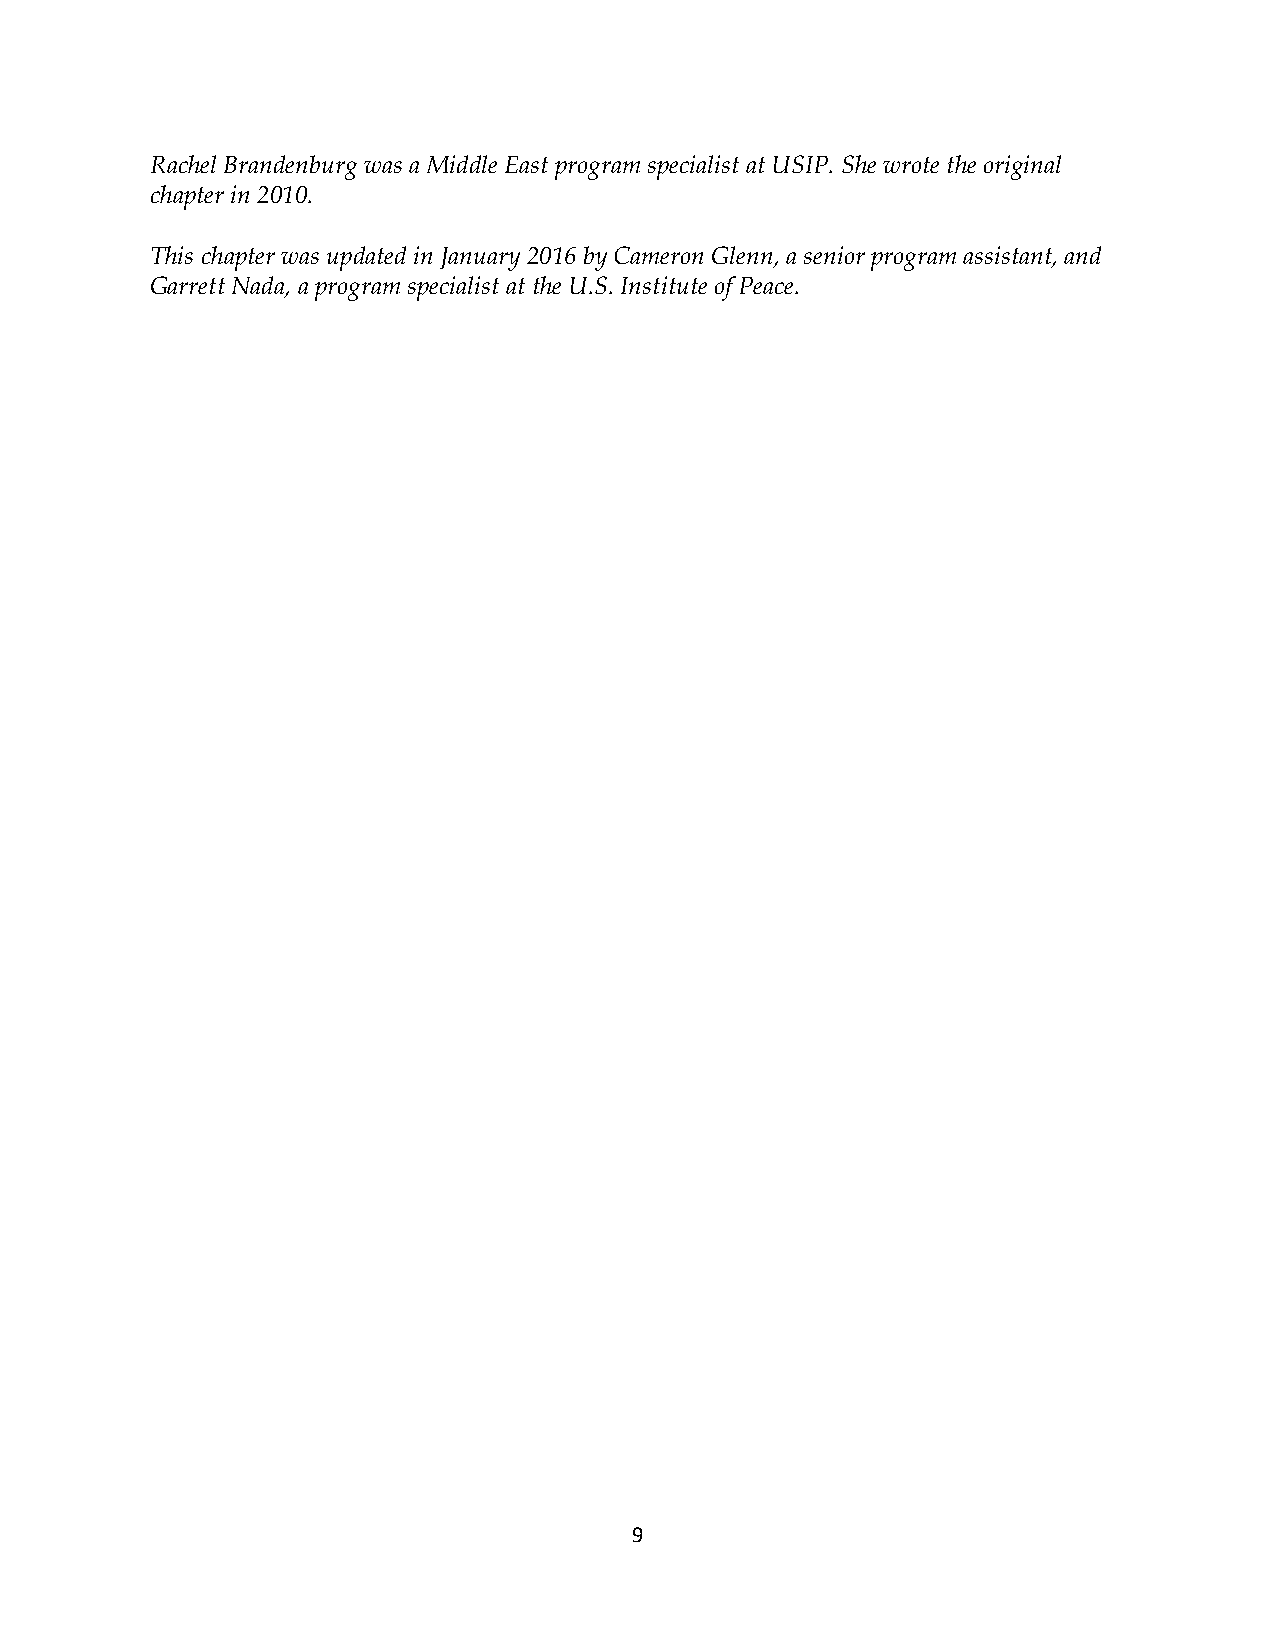
Rachel Brandenburg was a Middle East program specialist at USIP. She wrote the original
 chapter in 2010.
 This chapter was updated in January 2016 by Cameron Glenn, a senior program assistant, and
 Garrett Nada, a program specialist at the U.S. Institute of Peace.
 9